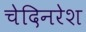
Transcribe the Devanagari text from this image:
चेदिनरेश